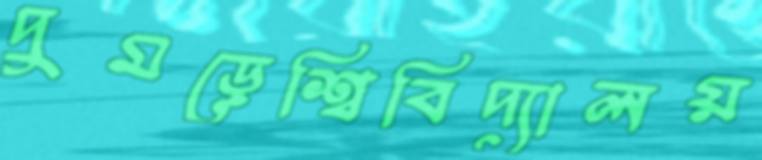
দুমড়েশ্বিবিদ্যালয়